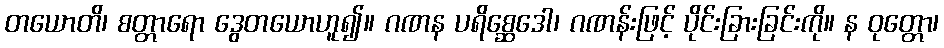
တယောတိ၊ စတ္တာရော ဒွေတယောဟူ၍။ ဂဏန ပရိစ္ဆေဒေါ၊ ဂဏန်းဖြင့် ပိုင်းခြားခြင်းကို။ န ဝုတ္တော၊